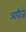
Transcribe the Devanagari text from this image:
अपीजे